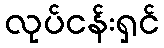
လုပ်ငန်းရှင်